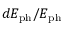
d E _ { \mathrm { p h } } / E _ { \mathrm { p h } }